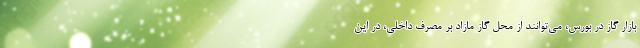
بازار گاز در بورس، می‌توانند از محل گاز مازاد بر مصرف داخلی، در این